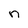
Character: n